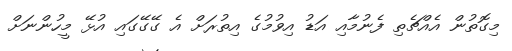
މިގޮތުން އެއްޗެތި ފެނުމާއި އަޑު އިވުމުގެ އިތުރަށް އެ ގޭގޭގައި އުޅޭ މީހުންނަށް